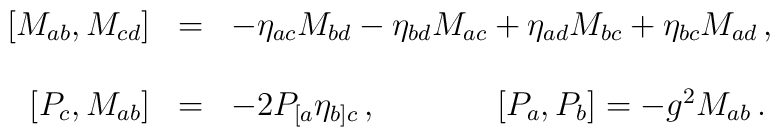
\begin{array}{rcl}\left[M_{ab},M_{cd} \right]  & = &-\eta_{ac}M_{bd} -\eta_{bd} M_{ac}+\eta_{ad} M_{bc} +\eta_{bc} M_{ad}\, ,\\& & \\\left[P_{c},M_{ab}\right]  & = & -2P_{[a}\eta_{b]c}\, ,\hspace{1.5cm}\left[P_{a},P_{b} \right]  = -g^{2}M_{ab}\, .\\\end{array}